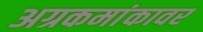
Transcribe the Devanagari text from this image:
अग्रकमांकावर